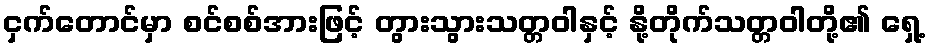
ငှက်တောင်မှာ စင်စစ်အားဖြင့် တွားသွားသတ္တဝါနှင့် နို့တိုက်သတ္တဝါတို့၏ ရှေ့